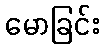
မောခြင်း